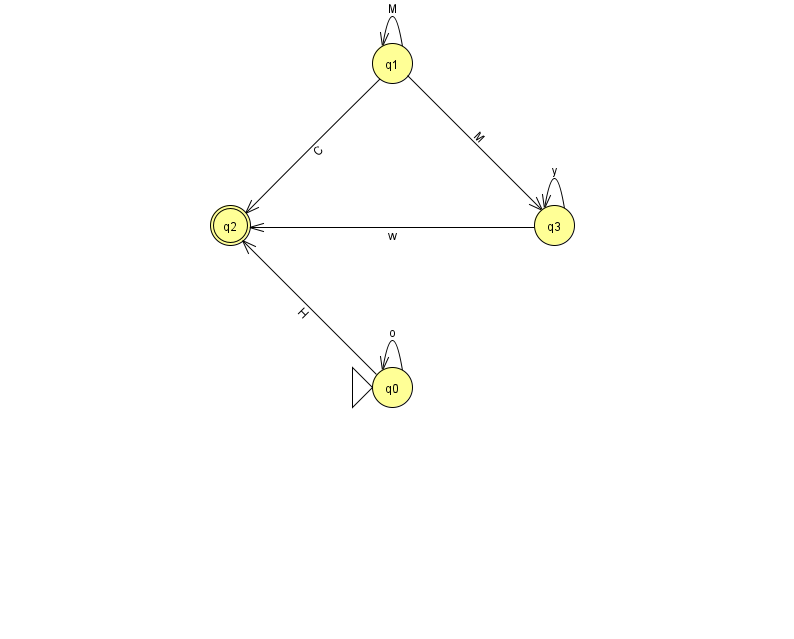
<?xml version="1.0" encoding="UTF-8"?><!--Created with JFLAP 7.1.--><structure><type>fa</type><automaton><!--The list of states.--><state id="0" name="q0"><x>392.0</x><y>374.0</y><initial/></state><state id="1" name="q1"><x>392.0</x><y>50.0</y></state><state id="2" name="q2"><x>230.0</x><y>212.0</y><final/></state><state id="3" name="q3"><x>554.0</x><y>212.0</y></state><!--The list of transitions.--><transition><from>1</from><to>2</to><read>C</read></transition><transition><from>3</from><to>3</to><read>y</read></transition><transition><from>0</from><to>2</to><read>H</read></transition><transition><from>1</from><to>1</to><read>M</read></transition><transition><from>1</from><to>3</to><read>M</read></transition><transition><from>3</from><to>2</to><read>w</read></transition><transition><from>0</from><to>0</to><read>o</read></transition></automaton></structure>